Annual report on the working of the lock hospitals in the Central Provinces
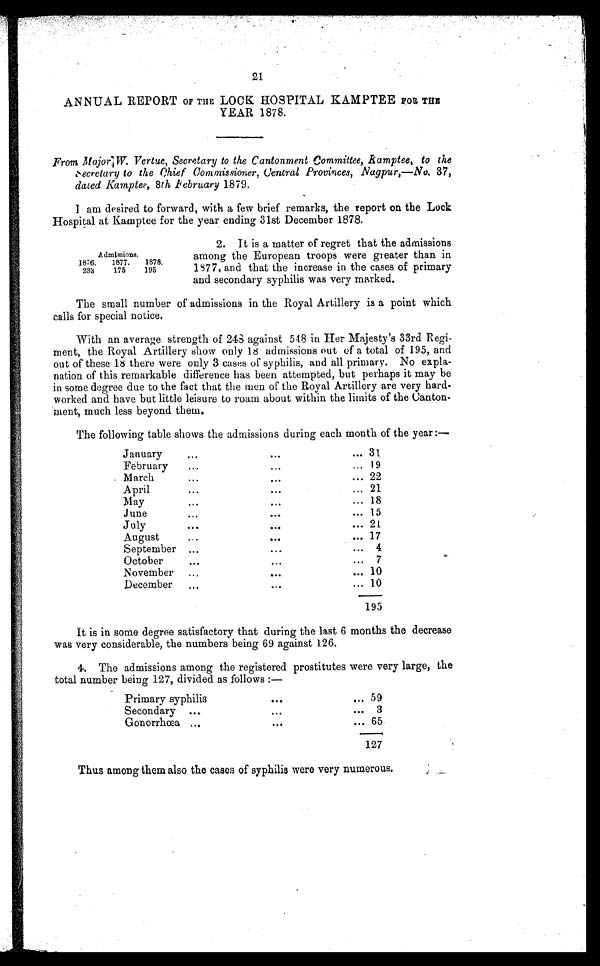
21
ANNUAL REPORT OF THE LOCK HOSPITAL KAMPTEE FOR TH
E
YEAR 1878.
From Major W. Vertue, Secretary to the Cantonment Committee, kamptee, to the
secretary to the Chief Commissioner, Central Provinces, Nagpur,—No. 37,
dated Kamptee, 8th February 1879.
I am desired to forward, with a few brief remarks, the report on the Lock
Hospital at Kamptee for the year ending 31st December 1878.
Admissions.
1876.
1877.
1878.
233
175
195
2. It is a matter of regret that the admissions
among the European troops were greater than in
1877, and that the increase in the cases of primary
and secondary syphilis was very marked.
The small number of admissions in the Royal Artillery is a point which
calls for special notice.
With an average strength of 248 against 548 in Her Majesty's 33rd Regi-
ment, the Royal Artillery show only 18 admissions out of a total of 195, and
out of these 18 there were only 3 cases of syphilis, and all primary. No expla-
nation of this remarkable difference has been attempted, but perhaps it may be
in some degree due to the fact that the men of the Royal Artillery are very hard-
worked and have but little leisure to roam about within the limits of the Canton-
ment, much less beyond them.
The following table shows the admissions during each month of the year:—
January
•••
...
••• 31
February
...
...
... 19
March
•••
...
... 22
April
•••
...
... 21
May
•••
•••
... 18
Jun
•••
• ••
... 15
July
•••
...
... 21
August
...
. . .
••• 17
September ...
•••
... 4
October
...
...
. . . 7
November ..,
•••
... 10
December
...
•••
... 10
195
It is in some degree satisfactory that during the last 6 months the decrease
was very considerable, the numbers being 69 against 126.
4. The admissions among the registered prostitutes were very large, the
total number being 127, divided as follows :—
Primary syphilis
•.•
... 59
Secondary ...
•••
... 3
Gonorrhoea ...
•••
... 65
—
127
Thus among them also the cases of syphilis were very numerous.